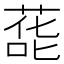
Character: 蒊